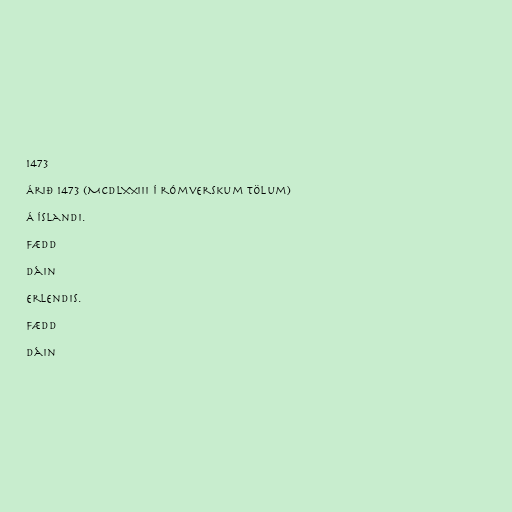
1473

Árið 1473 (MCDLXXIII í rómverskum tölum)

Á Íslandi.

Fædd

Dáin

Erlendis.

Fædd

Dáin